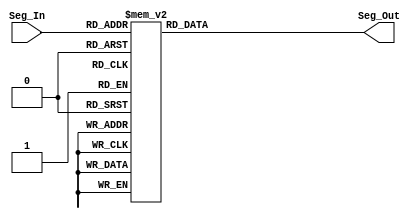
//ECE 6370

module segment7(Seg_In,Seg_Out);
input[3:0] Seg_In; 
output[6:0] Seg_Out;
reg[6:0] Seg_Out;


always @ (Seg_In)
  begin
    case(Seg_In)
      4'b0000:
        begin
          Seg_Out=7'b1000000;  
        end
      4'b0001:
        begin
          Seg_Out=7'b1111001; //if 4 bit number is 0001 then for seven segment display to turn on this will be the 7 bit binary number
        end
      4'b0010:
        begin
          Seg_Out=7'b0100100; //if 4 bit number is 0010 then for seven segment display to turn on this will be the 7 bit binary number
        end
      4'b0011:
        begin
          Seg_Out=7'b0110000;
        end
      4'b0100:
        begin
          Seg_Out=7'b0011001;
        end
      4'b0101:
        begin
          Seg_Out=7'b0010010;
        end
      4'b0110:
        begin
          Seg_Out=7'b0000010;
        end
      4'b0111:
        begin
          Seg_Out=7'b1111000;
        end
      4'b1000:
        begin
          Seg_Out=7'b0000000;
        end
      4'b1001:
        begin
          Seg_Out=7'b0010000;
        end
      4'b1010:
        begin
          Seg_Out=7'b0001000;
        end
      4'b1011:
        begin
          Seg_Out=7'b0000011;
        end
      4'b1100:
        begin
          Seg_Out=7'b1000110;
        end
      4'b1101:
        begin
          Seg_Out=7'b0100001;
        end
      4'b1110:
        begin
          Seg_Out=7'b0000110;
       end
      4'b1111:
        begin
          Seg_Out=7'b0001110;
        end
      default:
	begin
	  Seg_Out=7'b1000000;
	end
    endcase
  end
 
endmodule